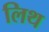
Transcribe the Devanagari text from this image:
लिथ